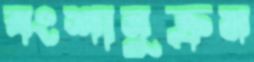
বংশানুক্রম